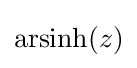
\operatorname {arsinh} (z)